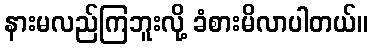
နားမလည်ကြဘူးလို့ ခံစားမိလာပါတယ်။